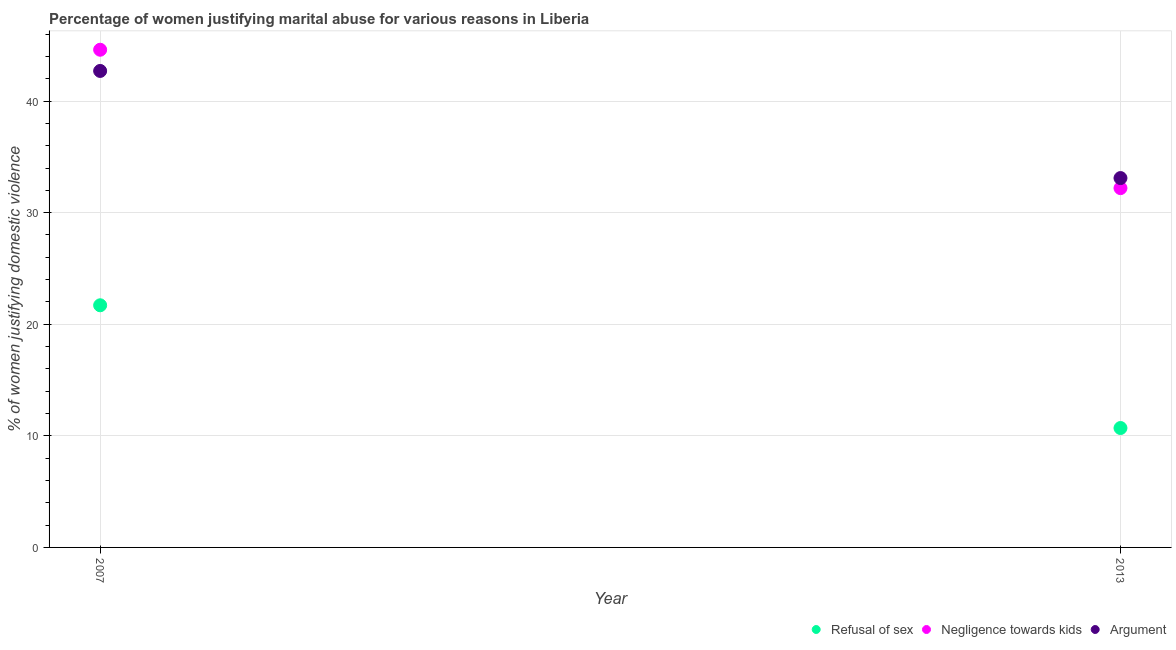
| Year | Refusal of sex | Negligence towards kids | Argument |
 | --- | --- | --- | --- |
 | 2007 | 21.7 | 44.6 | 42.7 |
 | 2013 | 10.7 | 32.2 | 33.1 |